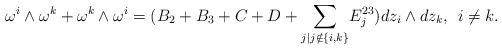
\begin{align*}\omega^i\wedge \omega^k+\omega^k\wedge \omega^i=(B_2+B_3+C+D+ \underset{j\vert j \notin\{i,k\}}{\sum}E_{j}^{23}) dz_i\wedge dz_k, \: \: i\neq k.\end{align*}